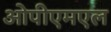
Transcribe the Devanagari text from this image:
ओपीएमएल